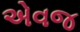
એવજ